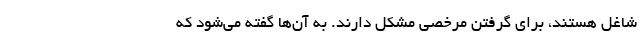
شاغل هستند، برای گرفتنِ مرخصی مشکل دارند. به آن‌ها گفته می‌شود که